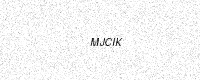
Text: MJCIK